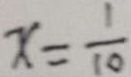
x = \frac { 1 } { 1 0 }